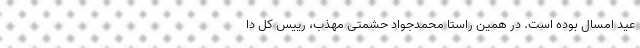
عید امسال بوده است. در همین راستا محمدجواد حشمتی مهذب، رییس کل دا